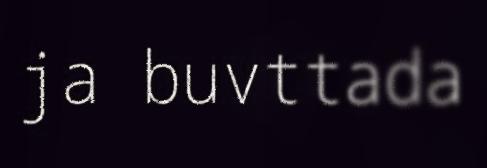
ja buvttada